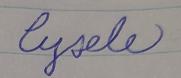
Signature authenticity: forged